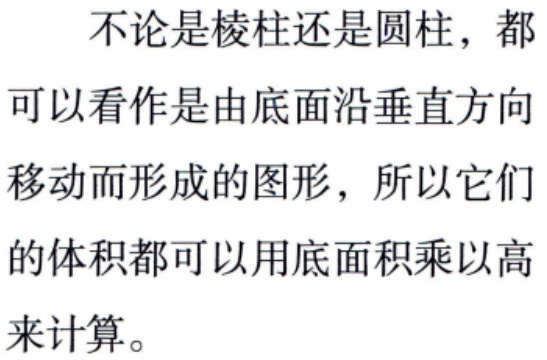
不论是棱柱还是圆柱，都可以看作是由底面沿垂直方向移动而形成的图形，所以它们的体积都可以用底面积乘以高来计算。